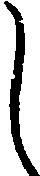
し